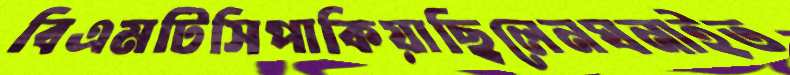
বিএমটিসিপাকিয়াছিলেনঘনাইত